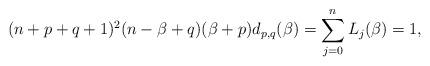
LaTeX: \begin{align*}(n+p+q+1)^2(n-\beta+q)(\beta+p)d_{p,q}(\beta)=\sum_{j=0}^nL_j(\beta)=1,\end{align*}